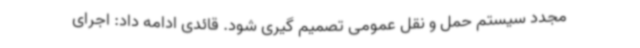
مجدد سیستم حمل و نقل عمومی تصمیم گیری شود. قائدی ادامه داد: اجرای